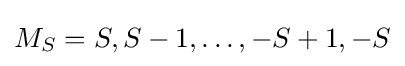
M_{S}=S,S-1,\dots ,-S+1,-S